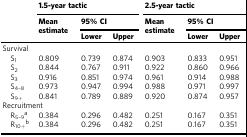
| <ROWSPAN=3>  | <COLSPAN=3> 1.5-year tactic | <COLSPAN=3> 2.5-year tactic |
 | <ROWSPAN=2> Mean estimate | <COLSPAN=2> 95% CI | <ROWSPAN=2> Mean estimate | <COLSPAN=2> 95% CI |
 | Lower | Upper | Lower | Upper |
 | --- | --- | --- | --- | --- | --- | --- |
 | <COLSPAN=7> Survival |
 | S1 | 0.809 | 0.739 | 0.874 | 0.903 | 0.833 | 0.951 |
 | S2 | 0.844 | 0.767 | 0.911 | 0.922 | 0.860 | 0.966 |
 | S3 | 0.916 | 0.851 | 0.974 | 0.961 | 0.914 | 0.988 |
 | S4–8 | 0.973 | 0.947 | 0.994 | 0.988 | 0.971 | 0.997 |
 | S9+ | 0.841 | 0.789 | 0.889 | 0.920 | 0.874 | 0.957 |
 | <COLSPAN=7> Recruitment |
 | R5–9a | 0.384 | 0.296 | 0.482 | 0.251 | 0.167 | 0.351 |
 | R10+b | 0.384 | 0.296 | 0.482 | 0.251 | 0.167 | 0.351 |